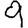
Digit: 9